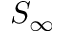
S _ { \infty }